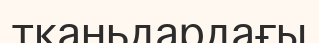
тканьдардағы